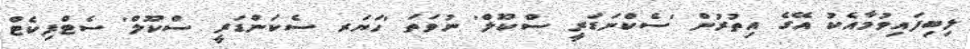
ލިބިފައިވުމާއެކު އޭގެ އިތުރުން 'ސެކްނަޑަރީ ސްކޫލް' ނުވަތަ 'ހަޔަރ ސެކަންޑަރީ ސްކޫލް' ސެޓްފިކެޓް